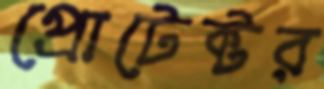
প্রোটেক্টর